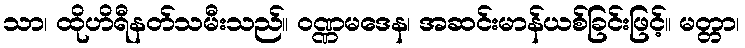
သာ၊ ထိုဟိရီနတ်သမီးသည်။ ဝဏ္ဏမဒေန၊ အဆင်းမာန်ယစ်ခြင်းဖြင့်။ မတ္တာ၊